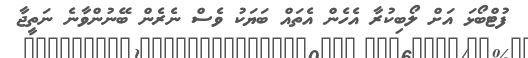
ފުޓްބޯޅަ އަށް ލޯބިކުރާ އެހެން އެތައް ބަޔަކު ވެސް ނެރެން ބޭނުންވާނެ ނަތީޖާ